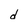
Character: d